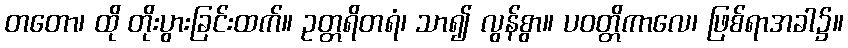
တတော၊ ထို တိုးပွားခြင်းထက်။ ဥတ္တရိတရံ၊ သာ၍ လွန်စွာ။ ပဝတ္တိကာလေ၊ ဖြစ်ရာအခါ၌။